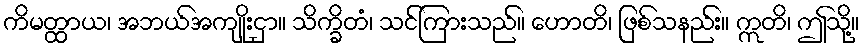
ကိမတ္ထာယ၊ အဘယ်အကျိုးငှာ။ သိက္ခိတံ၊ သင်ကြားသည်။ ဟောတိ၊ ဖြစ်သနည်း။ ဣတိ၊ ဤသို့။